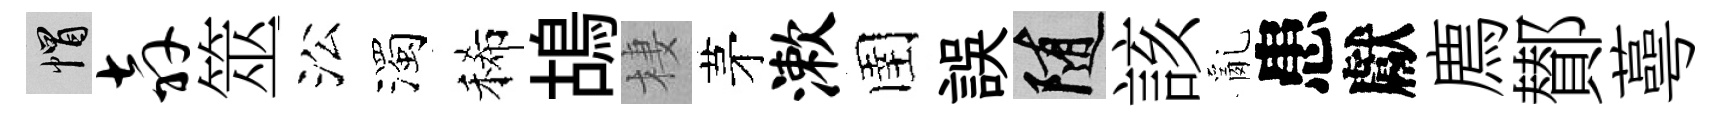
帽奔筮㳂濁稀鴣棲茅漱圉誤隨該亂患獻廌鄼蕚